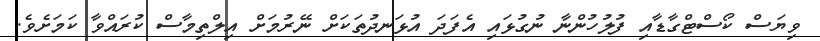
ވިޔަސް ކޯސްޓްގާޑާއި ފުލުހުންނާ ނުގުޅައި އެފަދަ އުޅަނދުތަކަށް ނޭރުމަށް އިލްތިމާސް ކުރައްވާ ކަމަށެވެ.